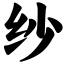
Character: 纱